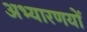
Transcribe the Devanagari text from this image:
अभ्यारणयों